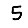
Digit: 5